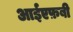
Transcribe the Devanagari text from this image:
आईएफ़बी